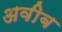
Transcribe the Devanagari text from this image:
अवीब